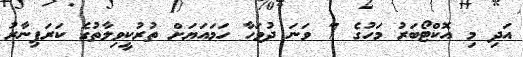
އަދި މި އޮކްޓޯބަރު މަހުގެ 7 ވަނަ ދުވަހާ ހަމައަޔަށް ތުރުކީވިލާތުގެ ކަރަޕިނާރު